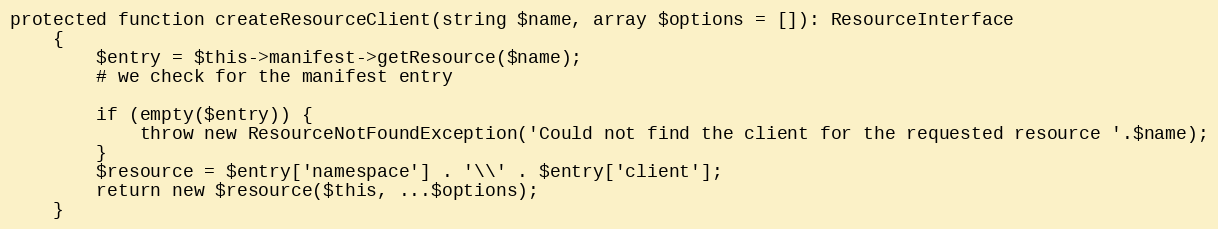
Language: PHP
protected function createResourceClient(string $name, array $options = []): ResourceInterface
    {
        $entry = $this->manifest->getResource($name);
        # we check for the manifest entry

        if (empty($entry)) {
            throw new ResourceNotFoundException('Could not find the client for the requested resource '.$name);
        }
        $resource = $entry['namespace'] . '\\' . $entry['client'];
        return new $resource($this, ...$options);
    }